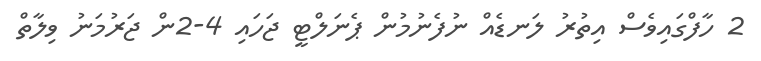
2 ހާފްގައިވެސް އިތުރު ލަނޑެއް ނުފެނުމުން ޕެނަލްޓީ ޖަހައި 4-2ން ޖަރުމަނު ވިލާތް